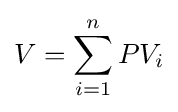
V=\sum _{i=1}^{n}PV_{i}